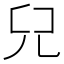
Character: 𠒂